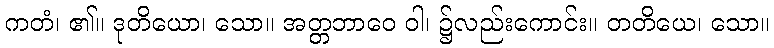
ကတံ၊ ၏။ ဒုတိယော၊ သော။ အတ္တဘာဝေ ဝါ၊ ၌လည်းကောင်း။ တတိယေ၊ သော။